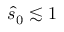
\hat { s } _ { 0 } \lesssim 1